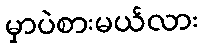
မှာပဲစားမယ်လား